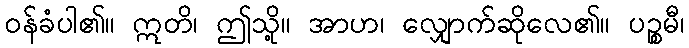
ဝန်ခံပါ၏။ ဣတိ၊ ဤသို့။ အာဟ၊ လျှောက်ဆိုလေ၏။ ပဉ္စမီ၊